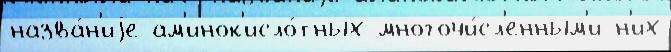
назва́н'иjе ам'инок'исло́тных многочи́сл'енным'и н'их